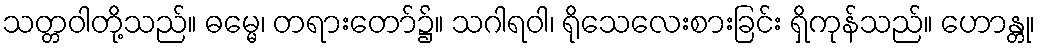
သတ္တဝါတို့သည်။ ဓမ္မေ၊ တရားတော်၌။ သဂါရဝါ၊ ရိုသေလေးစားခြင်း ရှိကုန်သည်။ ဟောန္တု၊